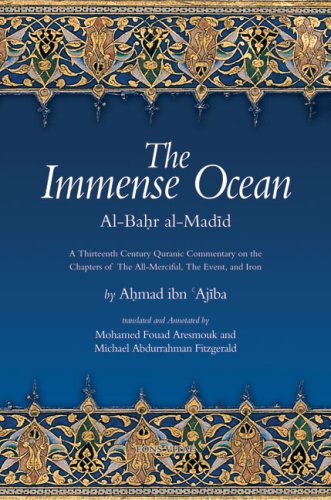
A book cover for The Immense Ocean: Al-Bahr al-Madid: A Thirteenth Century Quranic Commentary on the Chapters of the All-Merciful, the Event, and Iron (Fons Vitae Quranic Commentaries Series); Ahmad ibn 'Ajiba; Religion & Spirituality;